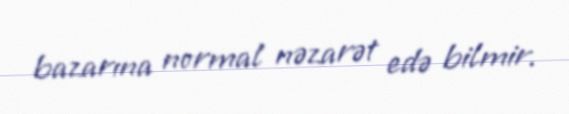
bazarına normal nəzarət edə bilmir.